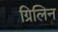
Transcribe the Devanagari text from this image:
ग्रिलिन